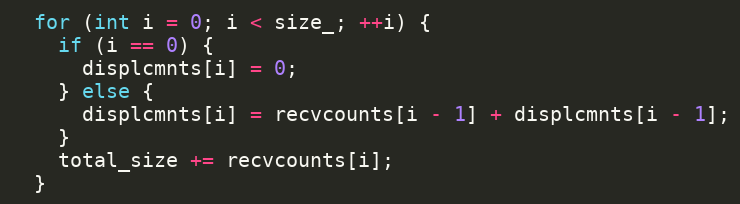
Language: C++
  for (int i = 0; i < size_; ++i) {
    if (i == 0) {
      displcmnts[i] = 0;
    } else {
      displcmnts[i] = recvcounts[i - 1] + displcmnts[i - 1];
    }
    total_size += recvcounts[i];
  }